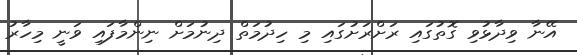
އޭނާ ވިދާޅުވި ގޮތުގައި ރަށްރަށުގައި މި ހިދުމަތް ދިނުމަށް ނިންމާފައި ވަނީ މިހާރު